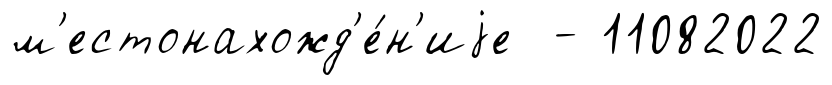
м'естонахожд'е́н'иjе - 11082022